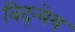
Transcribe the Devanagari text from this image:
विद्न्येय